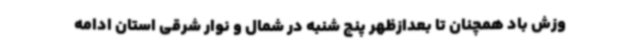
وزش باد همچنان تا بعدازظهر پنج شنبه در شمال و نوار شرقی استان ادامه